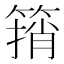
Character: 䈰